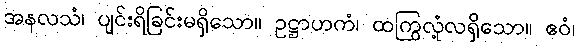
အနလသံ၊ ပျင်းရိခြင်းမရှိသော။ ဥဋ္ဌာဟကံ၊ ထကြွလုံ့လရှိသော။ ဧဝံ၊